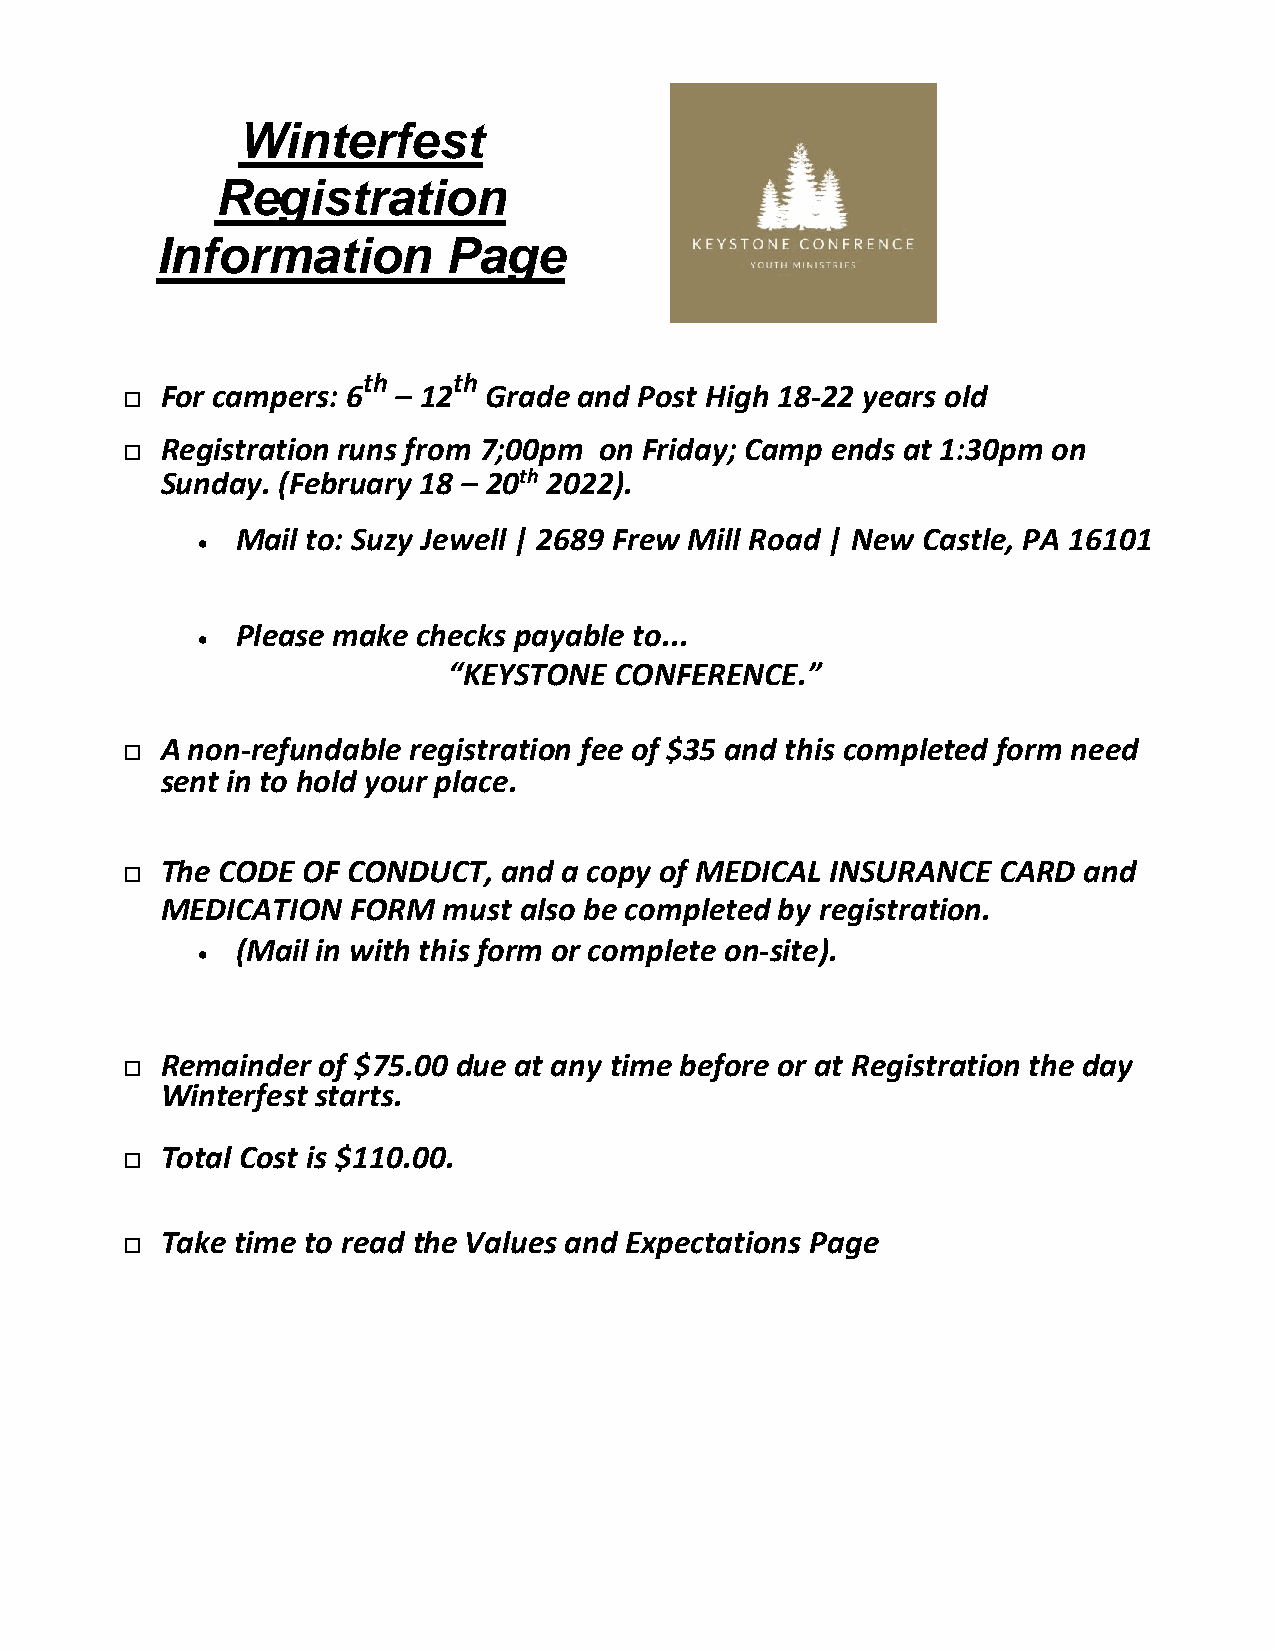
Winterfest
 Registration
 Information        Page
 th    th
 For campers: 6 – 12  Grade and Post High 18-22 years old
 
 Registration runs from 7;00pm on Friday; Camp ends at 1:30pm on
 
 Sunday. (February 18 – 20th 2022).
 Mail to: Suzy Jewell | 2689 Frew Mill Road | New Castle, PA 16101
 •
 Please make checks payable to...
 •
 “KEYSTONE  CONFERENCE.”
 A non-refundable registration fee of $35 and this completed form need
 
 sent in to hold your place.
 The CODE OF CONDUCT,  and a copy of MEDICAL INSURANCE  CARD  and
 
 MEDICATION  FORM  must also be completed by registration.
 (Mail in with this form or complete on-site).
 •
 Remainder of $75.00 due at any time before or at Registration the day
 
 Winterfest starts.
 Total Cost is $110.00.
 
 Take time to read the Values and Expectations Page
 